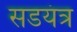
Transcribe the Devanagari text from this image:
सडयंत्र